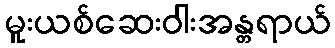
မူးယစ်ဆေးဝါးအန္တရာယ်